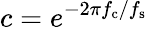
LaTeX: c=e^{-2\pi f_{\mathrm{c}}/f_{\mathrm{s}}}